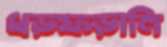
ধড়ফড়ানি